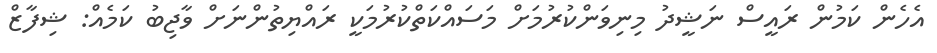
އެހެން ކަމުން ރައީސް ނަޝީދު މިނިވަންކުރުމަށް މަސައްކަތްކުރުމަކީ ރައްޔިތުންނަށް ވާޖިބު ކަމެއް: ޝިފާޒް